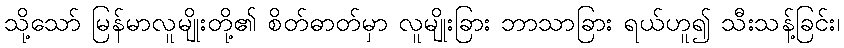
သို့သော် မြန်မာလူမျိုးတို့၏ စိတ်ဓာတ်မှာ လူမျိုးခြား ဘာသာခြား ရယ်ဟူ၍ သီးသန့်ခြင်း၊